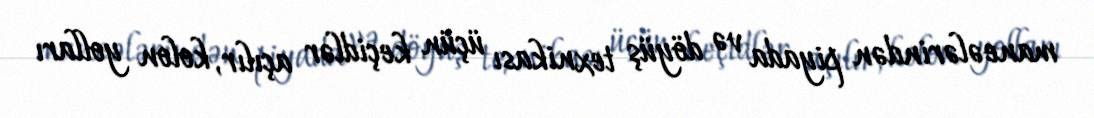
maneələrindən piyada və döyüş texnikası üçün keçidlər açılır, kolon yolları